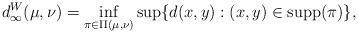
LaTeX: \begin{align*}d_\infty^W(\mu,\nu)= \inf_{\pi\in\Pi(\mu,\nu)}\sup\{d(x,y):(x,y)\in\mathrm{supp}(\pi)\},\end{align*}